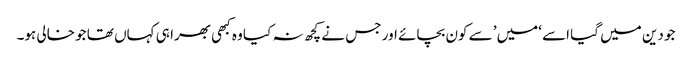
جو دین میں گیا اسے ‘میں’ سے کون بچائے اور جس نے کچھ نہ کیا وہ کبھی بھرا ہی کہاں تھا جو خالی ہو۔